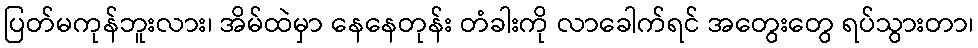
ပြတ်မကုန်ဘူးလား၊ အိမ်ထဲမှာ နေနေတုန်း တံခါးကို လာခေါက်ရင် အတွေးတွေ ရပ်သွားတာ၊